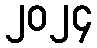
၂၀၂၄